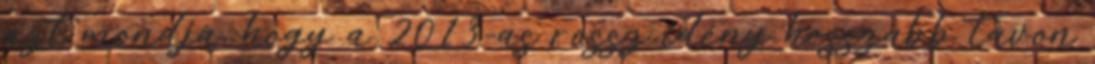
azt mondja, hogy a 2013-as rossz idény hosszabb távon